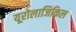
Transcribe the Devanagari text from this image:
यूरोलाजिकिल